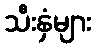
သီးနှံများ